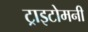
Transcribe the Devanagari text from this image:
ट्राइटोमनी